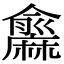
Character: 𪎨